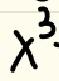
$x^{3}$